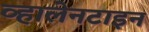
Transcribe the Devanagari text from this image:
व्हालेनटाइन